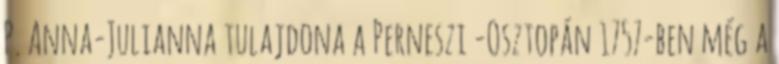
P. Anna-Julianna tulajdona a Perneszi -Osztopán 1757-ben még a